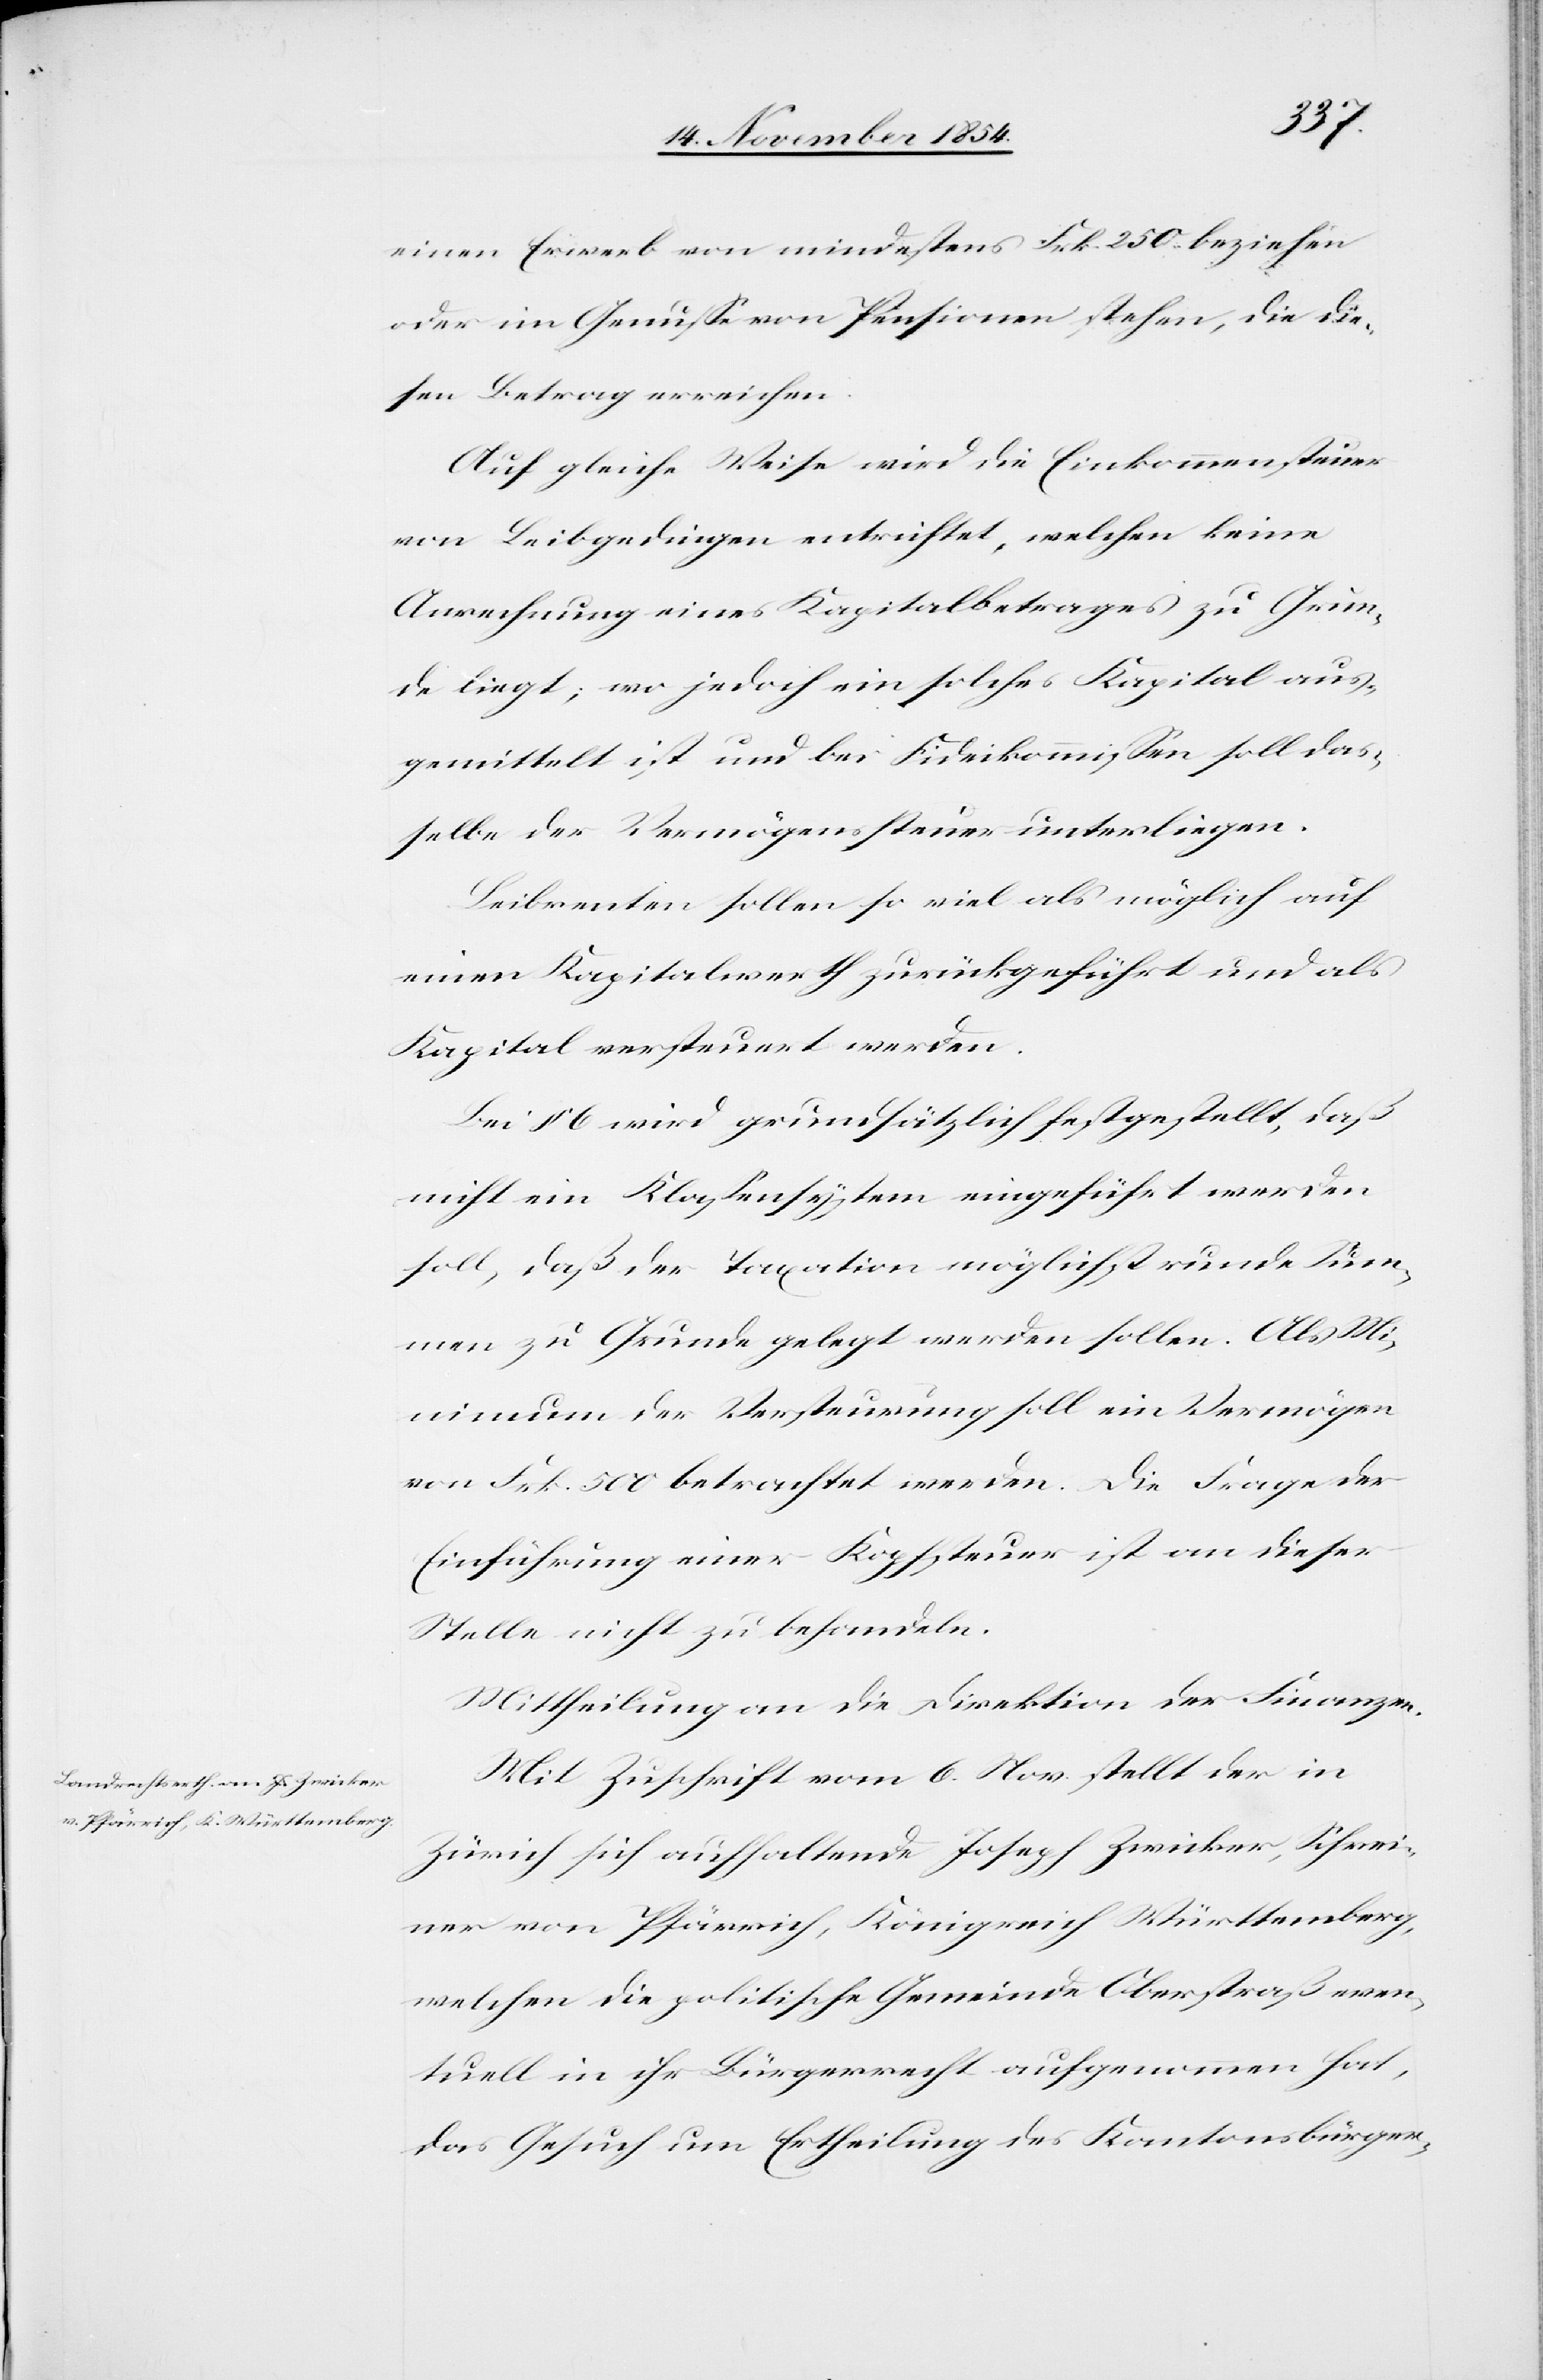
einen Erwerb von mindestens Frk. 250 beziehen
oder im Genuße von Pensionen stehen, die die¬
sen Betrag erreichen.
Auf gleiche Weise wird die Einkommen[s]steuer
von Leibgedungen entrichtet, welchen keine
Anrechnung eines Kapitalbetrages zu Grun¬
de liegt; wo jedoch ein solches Kapital aus¬
gemittelt ist und bei Fideikommißion soll das¬
selbe der Vermögenssteuer unterliegen.
Leibrenten sollen so viel als möglich auf
einen Kapitalwerth zurückgefügt und als
Kapital versteuert werden.
Bei § 6 wird grundsätzlich festgestellt, daß
nicht ein Klaßensystem eingeführt werden
soll, daß der Taxation möglichst runde Sum¬
men zu Grunde gelegt werden sollen. Als Mi¬
nimum der Versteurung soll ein Vermögen
von Frk. 500 betrachtet werden. Die Frage der
Einführung einer Kopfsteuer ist an dieser
Stelle nicht zu behandeln.
Mittheilung an die Direktion der Finanzen.
Mit Zuschrift vom 6. Nov. stellt der in
Zürich sich aufhaltende Joseph Zwicker, Schrei¬
ner von Pfärrich, Königreich Württemberg,
welche die politische Gemeinde Oberstraß even¬
tuell in ihr Bürgerrecht aufgenommen hat,
das Gesuch um Ertheilung des Kantonsbürger-